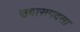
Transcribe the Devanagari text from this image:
उवासगदसा